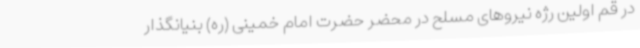
در قم اولین رژه نیروهای مسلح در محضر حضرت امام خمینی (ره) بنیانگذار